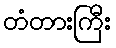
တံတားကြီး